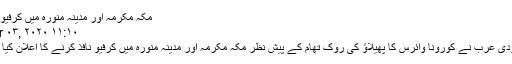
مکہ مکرمہ اور مدینہ منورہ میں کرفیو نافذ
Apr ۰۳, ۲۰۲۰ ۱۱:۱۰
سعودی عرب نے کورونا وائرس کا پھیلاؤ کی روک تھام کے پیش نظر مکہ مکرمہ اور مدینہ منورہ میں کرفیو نافذ کرنے کا اعلان کیا ہے۔